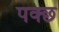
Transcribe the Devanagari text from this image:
पक्छ